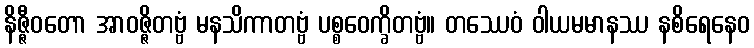
နိဇ္ဇီဝတော အာဝဇ္ဇိတဗ္ဗံ မနသိကာတဗ္ဗံ ပစ္စဝေက္ခိတဗ္ဗံ။ တဿေဝံ ဝါယမမာနဿ နစိရေနေဝ